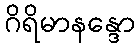
ဂိရိမာနန္ဒော